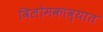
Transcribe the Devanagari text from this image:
विलोमकाव्यात